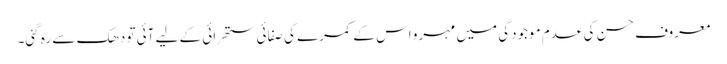
معروف حسن کی عدم موجودگی میں مہرو اس کے کمرے کی صفائی ستھرائی کے لیے آئی تو دھک سے رہ گئی۔